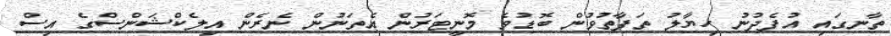
ތާނގައި އުފެދުނު ހިޔާލު ތަފާތުވުން ބޮޑުވެ މޮނީޓަރުން އެތަނުން ނެރެން އިލެކްޝަންސްގެ އިސް